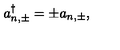
a _ { n , \pm } ^ { \dagger } = \pm a _ { n , \pm } { , }